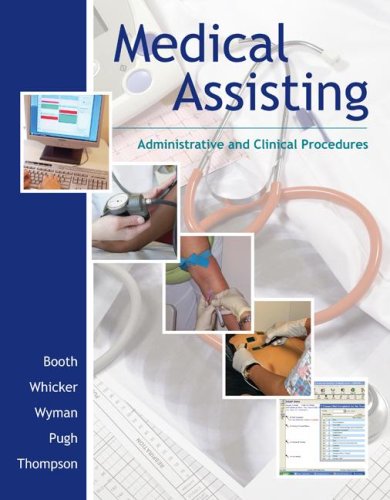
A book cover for Medical Assisting: Administrative and Clinical Procedures (without A&P chapters) & Student CD; Kathryn Booth; Medical Books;